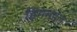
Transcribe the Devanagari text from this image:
हिममंडल